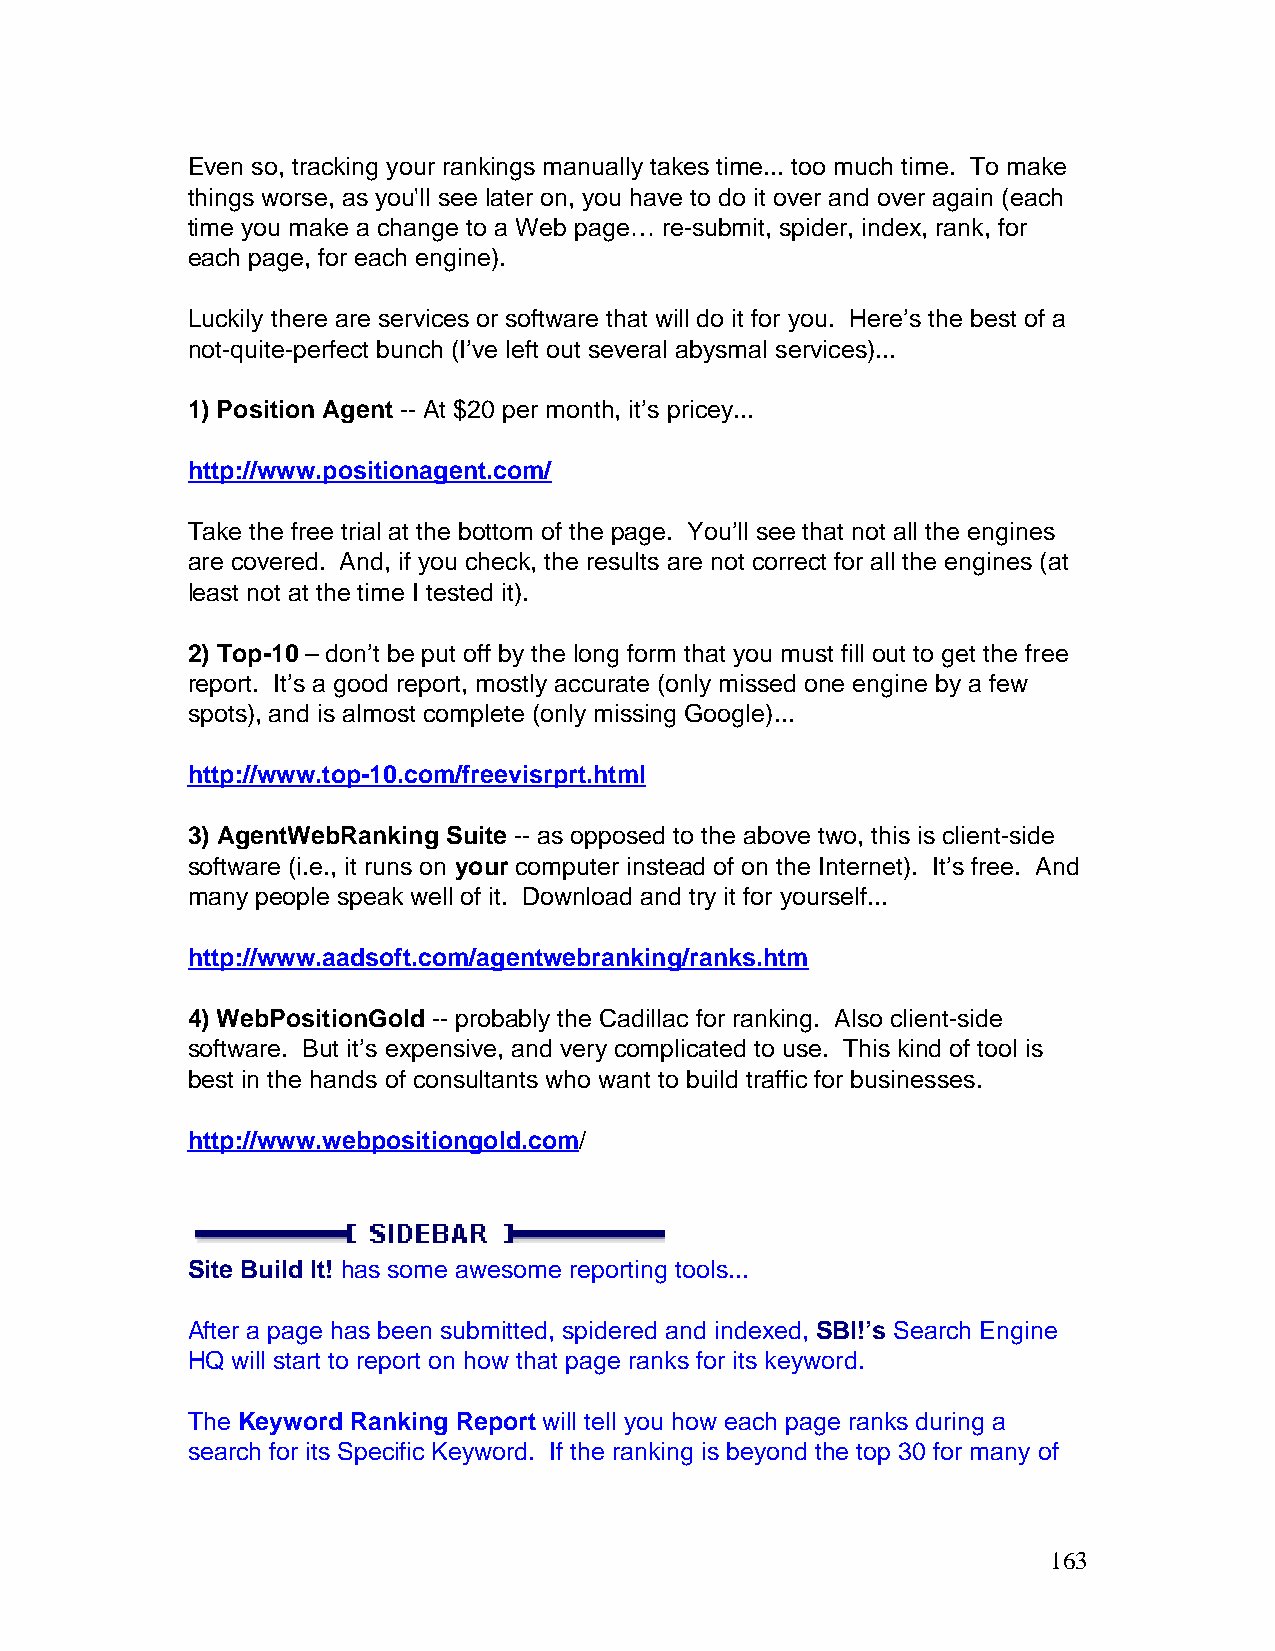
Even so, tracking your rankings manually takes time... too much time. To make
 things worse, as you'll see later on, you have to do it over and over again (each
 time you make a change to a Web page… re-submit, spider, index, rank, for
 each page, for each engine).
 Luckily there are services or software that will do it for you. Here’s the best of a
 not-quite-perfect bunch (I’ve left out several abysmal services)...
 1) Position Agent -- At $20 per month, it’s pricey...
 http://www.positionagent.com/
 Take the free trial at the bottom of the page. You’ll see that not all the engines
 are covered. And, if you check, the results are not correct for all the engines (at
 least not at the time I tested it).
 2) Top-10 – don’t be put off by the long form that you must fill out to get the free
 report. It’s a good report, mostly accurate (only missed one engine by a few
 spots), and is almost complete (only missing Google)...
 http://www.top-10.com/freevisrprt.html
 3) AgentWebRanking Suite -- as opposed to the above two, this is client-side
 software (i.e., it runs on your computer instead of on the Internet). It’s free. And
 many people speak well of it. Download and try it for yourself...
 http://www.aadsoft.com/agentwebranking/ranks.htm
 4) WebPositionGold -- probably the Cadillac for ranking. Also client-side
 software. But it’s expensive, and very complicated to use. This kind of tool is
 best in the hands of consultants who want to build traffic for businesses.
 http://www.webpositiongold.com/
 Site Build It! has some awesome reporting tools...
 After a page has been submitted, spidered and indexed, SBI!’s Search Engine
 HQ will start to report on how that page ranks for its keyword.
 The Keyword Ranking Report will tell you how each page ranks during a
 search for its Specific Keyword. If the ranking is beyond the top 30 for many of
 163